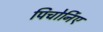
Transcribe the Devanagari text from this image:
पिचोर्निए